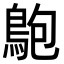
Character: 䳈